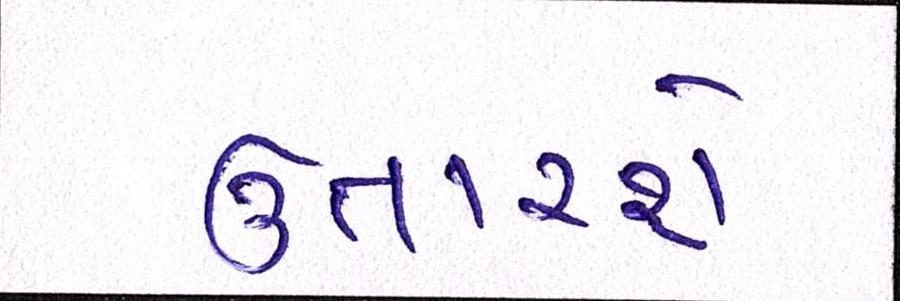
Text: ઉતારશે